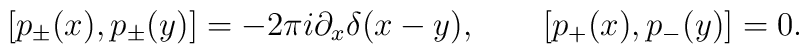
[ p_\pm(x), p_\pm(y) ]  = - 2\pi i \partial_x \delta(x-y),\qquad [ p_+(x), p_-(y) ] = 0.